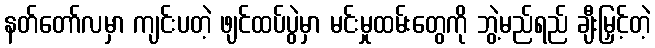
နတ်တော်လမှာ ကျင်းပတဲ့ ဖျင်ထပ်ပွဲမှာ မင်းမှုထမ်းတွေကို ဘွဲ့မည်ရည် ချီးမြှင့်တဲ့